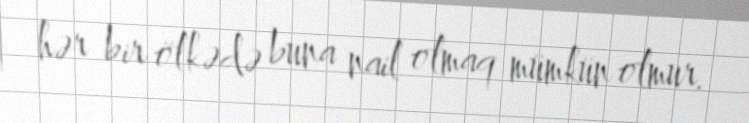
hər bir ölkədə buna nail olmaq mümkün olmur.